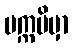
ပက္ကမိမှာ